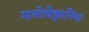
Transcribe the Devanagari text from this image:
मनोवेज्ञानिक